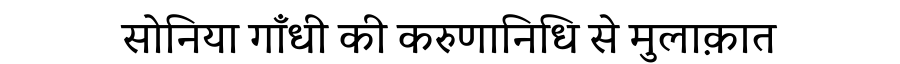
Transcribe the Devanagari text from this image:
सोनिया गाँधी की करुणानिधि से मुलाक़ात